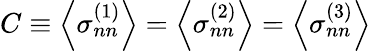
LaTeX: C\equiv\left\langle\sigma_{nn}^{(1)}\right\rangle=\left\langle\sigma_{nn}^{(2)}\right\rangle=\left\langle\sigma_{nn}^{(3)}\right\rangle